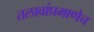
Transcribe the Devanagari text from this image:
तलावांप्रमाणेच